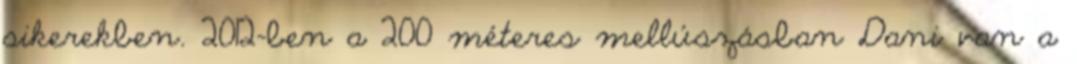
sikerekben. 2012-ben a 200 méteres mellúszásban Dani van a